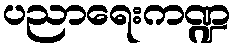
ပညာရေးကဏ္ဍ